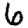
Digit: 6